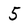
Character: 5